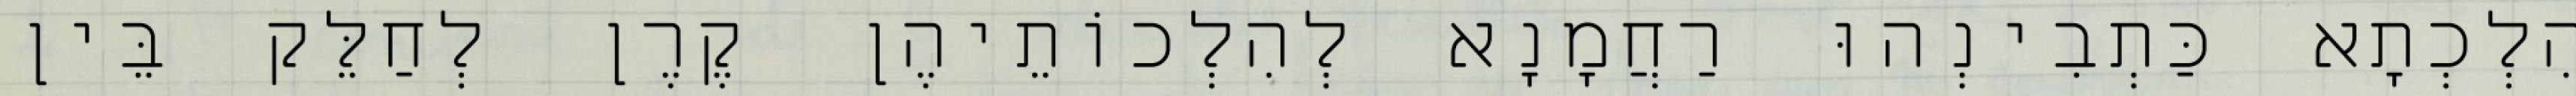
הִלְכְתָא כַּתְבִינְהוּ רַחֲמָנָא לְהִלְכוֹתֵיהֶן קֶרֶן לְחַלֵּק בֵּין